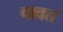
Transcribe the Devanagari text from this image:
चावत